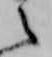
之